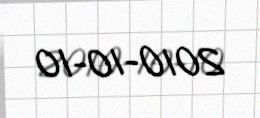
2010-10-10